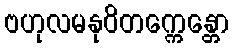
ဗဟုလမနုဝိတက္ကေန္တော